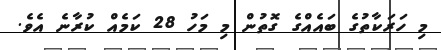
މި ހަރަކާތުގެ ބައެއްގެ ގޮތުން މި މަހު 28 ކަމެއް ކުރާނެ އެވެ.